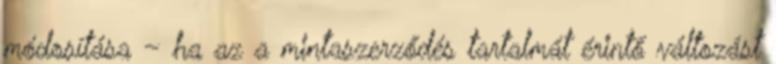
módosítása – ha az a mintaszerződés tartalmát érintő változást